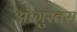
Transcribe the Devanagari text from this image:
औगुस्तस